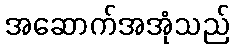
အဆောက်အအုံသည်